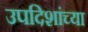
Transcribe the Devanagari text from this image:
उपदिशांच्या